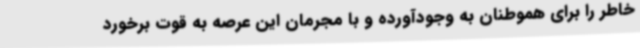
خاطر را برای هموطنان به وجودآورده و با مجرمان این عرصه به قوت برخورد